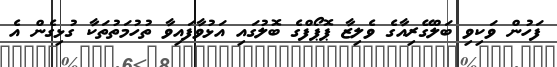
ފަހުން ވަކިވި ބަލްގޭރިއާގެ ވެލިޒާ ޕޮޕޯފްގެ ބޮލުގައި އަޅުވާފައިވާ ތުުހުމަތުތަކާ ގުޅިގެން އެ